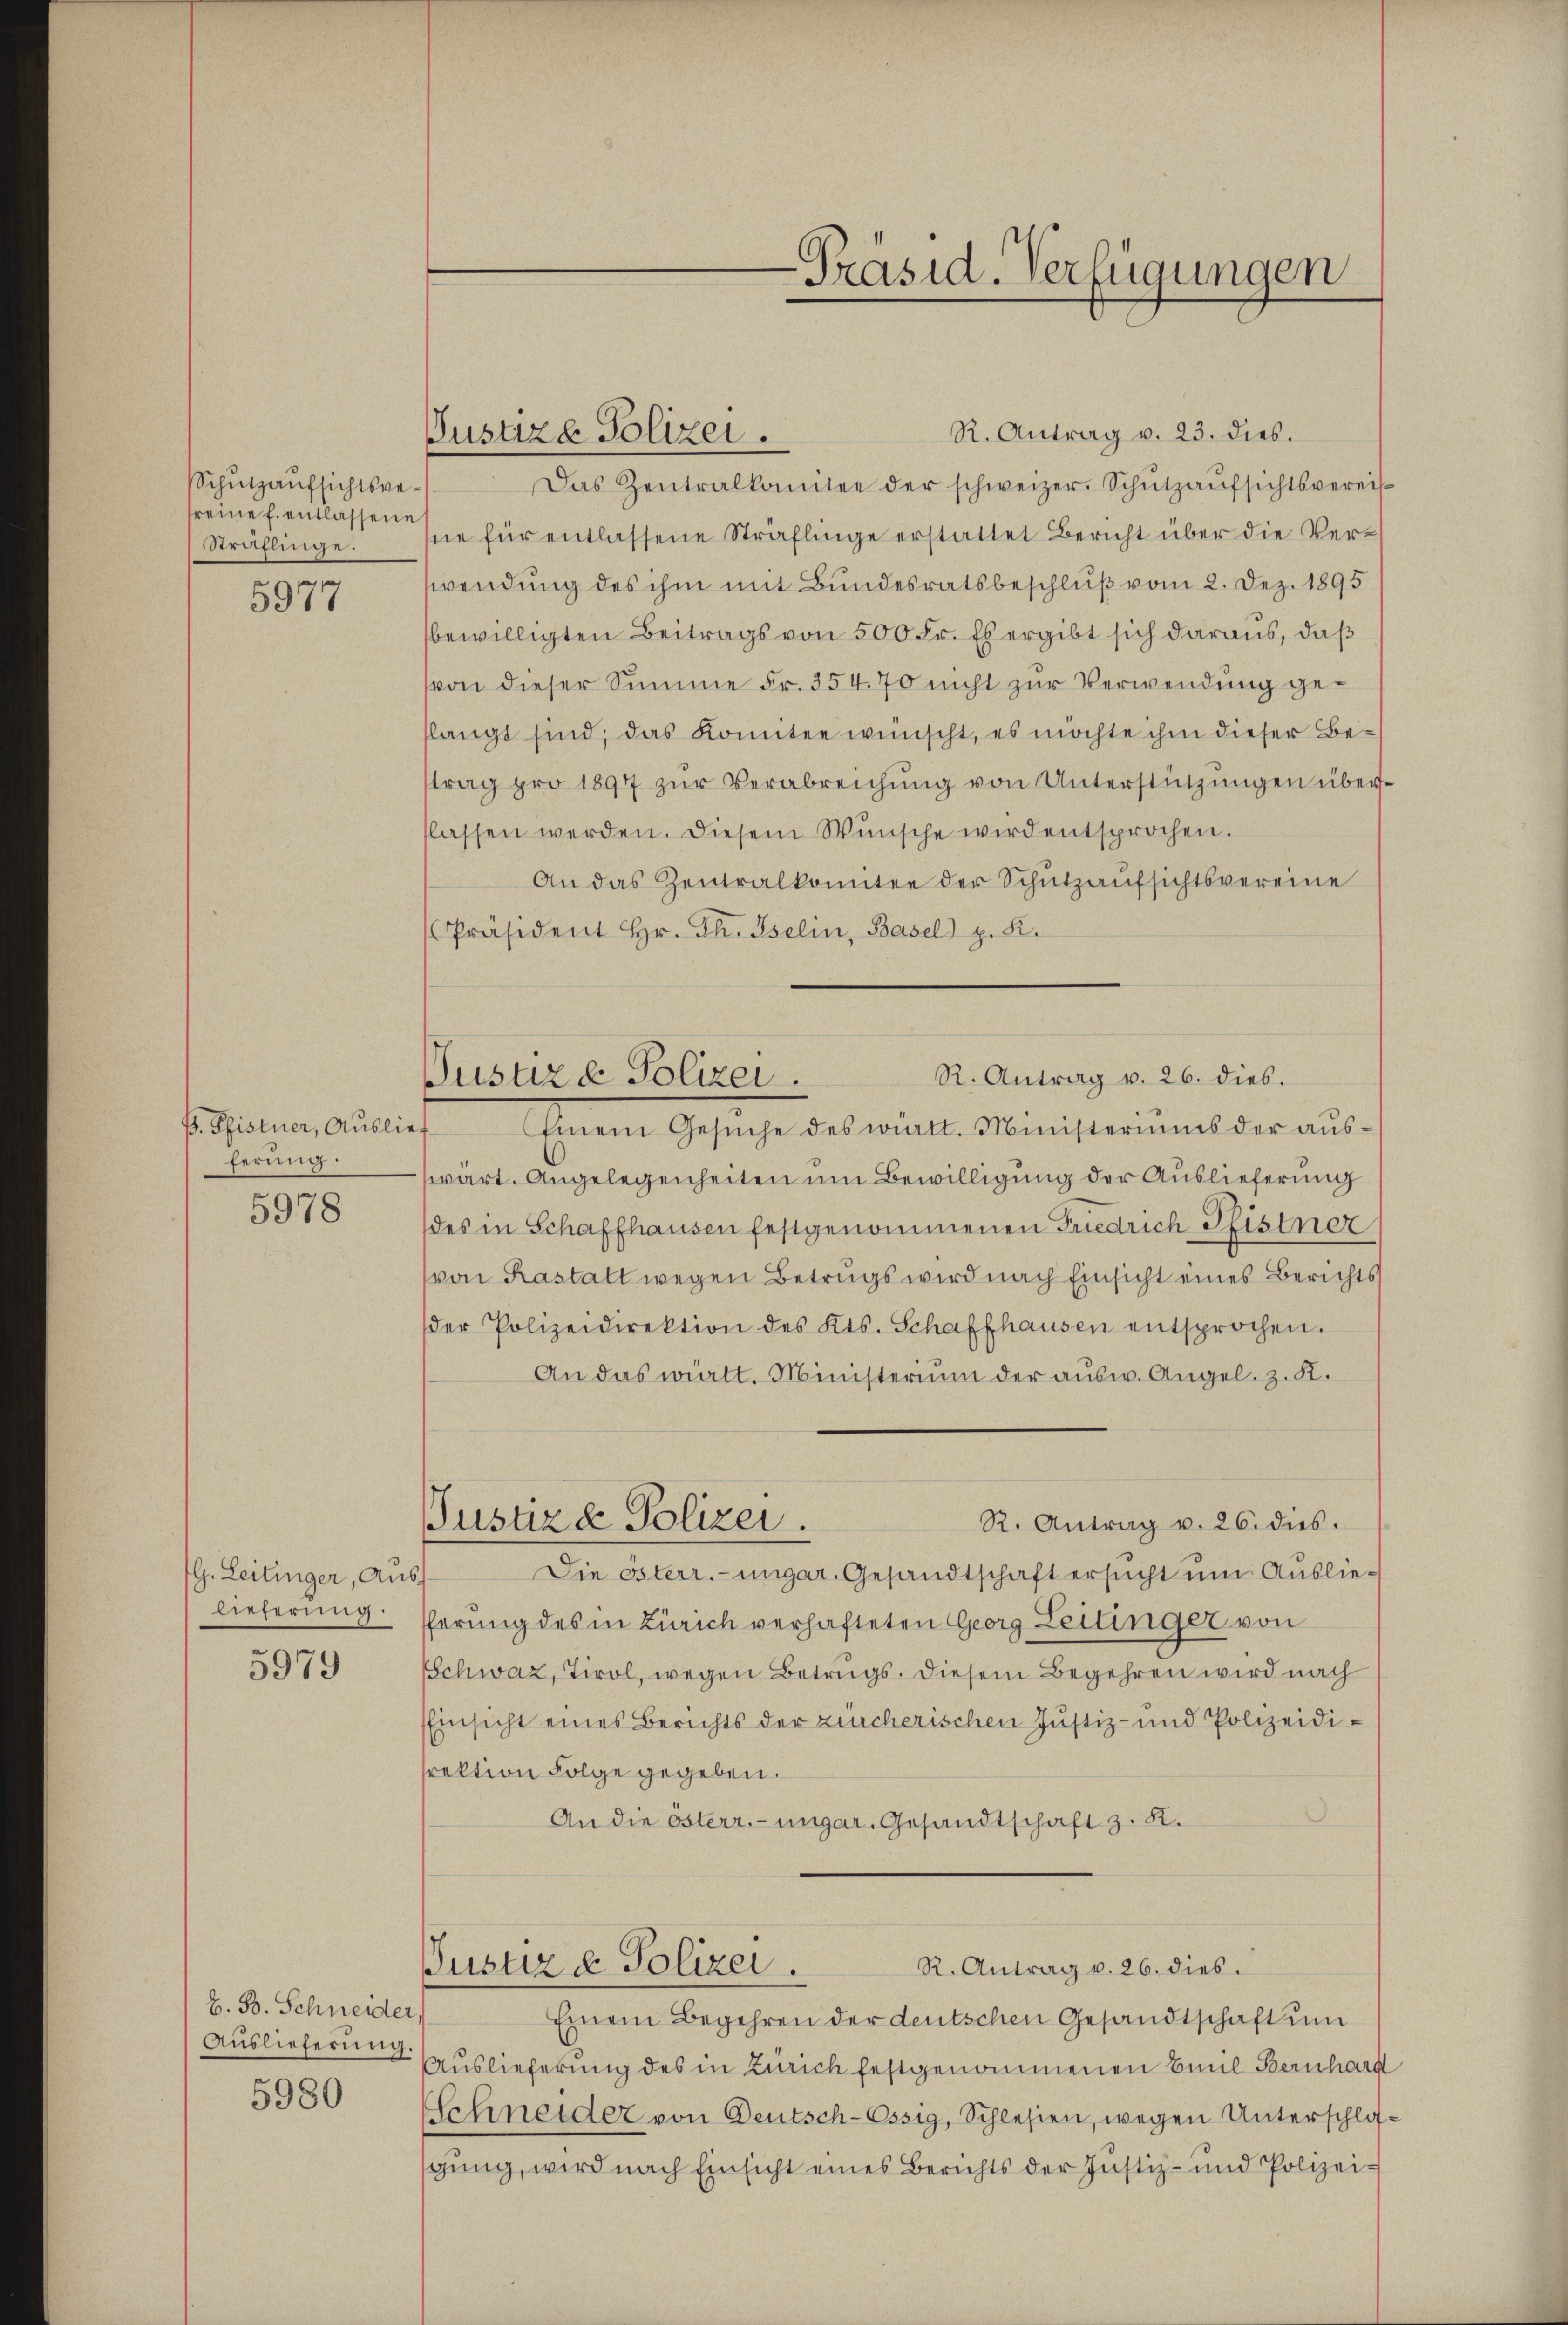
Schutzaufsichtsgetreine E. entlassene
Sträflinge.

5977

B. Pfistner, Auslie
ferung:

5978

G. Leitinger, Aus
lieferung.

5979

H. B. Schneider
Auslieferung

5980

Justiza Polizei.

R. Antrag v. 26. dies.
Pusure Polizei.

R. Antrag v. 23. dies
Das Zentralkomitee der schweizer. Schŭtzaŭfsichtsvereis
sie für entlassene Sträflinge erstattet Bericht über die Verwendung des ihm mit Bundesratsbeschluß vom 2. Dez. 1895
bewilligten Beitrags von 500 Fr. Es ergibt sich daraus, daß
von dieser Summe Fr. 354. 70 nicht zur Verwendung geflangt sind, das Konnten wünscht, es möchte ihm dieser Betrag pro 1897 zŭr Verabreichung von Unterstützungen überflassen werden. Diesem Wünsche wird entsprochen.
An das Zentralkomitee der Schŭtzaufsichtsvereine
Präsident Hr. Th. Iselin, Basel p. K.
Einen Gesuche des malt. Ministermines der aus
wärt. Angelegenheiten um Bewilligung der Auslieferung
des in Schaffhausen festgenommenen Friedrich Pfistner
(von Rastalt wegen Betrugs wird nach Einsicht eines Berichts
der Polizeidirektion des Kts. Schaffhausen entsprochen.
An das wirkt. Ministerium der aŭsw. Angel. z. K.
R. Antrag v. 26. dies.
Pustiz & Polizei.
Die Osterr.-ungar. Gesandtschaft ersucht um Auslieferung des in Zürich verhafteten Georg Zeitinger von
Schweiz, Tirol, wegen Betrugs. Diesem Begehren wird nach
Einsicht eines Berichts der zürcherischen Justiz- und Polizeidirektion Folge gegeben.
An die österr.-ungar. Gesandtschaft z. B.
R. Antrag v. 26. dies.
Justiz & Polizei.
Einem Begehren der deutschen Gesandtschaft um
Auslieferung des in Zürich festgenommenen Baul Bernhard
Schneider von Deutsch-Ossig, Schlesien, wegen Unterschloß
gung, wird nach Einsicht eines Berichts der Justiz- und Polizei¬

-Präsid. Verfügungen